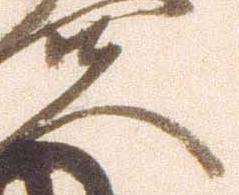
夫